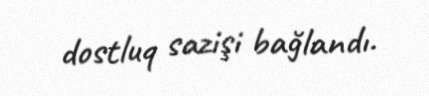
dostluq sazişi bağlandı.